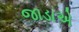
જાડાએ